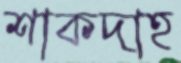
শাকদাহ